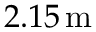
2 . 1 5 \, \mathrm { m }